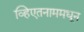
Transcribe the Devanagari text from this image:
व्हिएतनाममधून